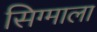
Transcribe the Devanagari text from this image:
सिग्माला